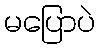
မပြောပဲ